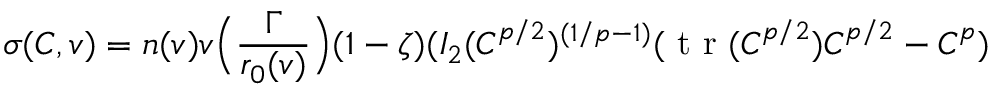
\boldsymbol { \sigma } ( \boldsymbol { C } , v ) = n ( v ) v \Big ( \frac { \Gamma } { r _ { 0 } ( v ) } \Big ) ( 1 - \zeta ) ( I _ { 2 } ( \boldsymbol { C } ^ { p / 2 } ) ^ { ( 1 / p - 1 ) } ( \mathrm { ~ t ~ r ~ } ( \boldsymbol { C } ^ { p / 2 } ) \boldsymbol { C } ^ { p / 2 } - \boldsymbol { C } ^ { p } )